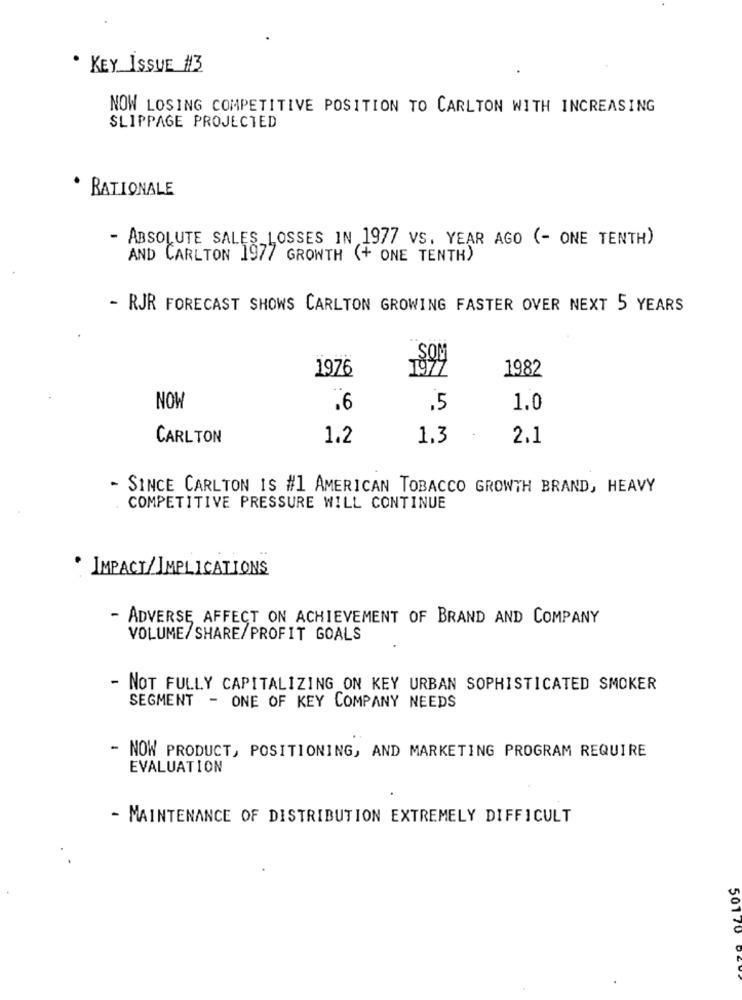
· KEY ISSUE #3
NOW LOSING COMPETITIVE POSITION TO CARLTON WITH INCREASING
SLIPPAGE PROJECTED
RATIONALE
- ABSOLUTE SALES LOSSES IN 1977 VS. YEAR AGO (- ONE TENTH)
AND CARLTON 1977 GROWTH (+ ONE TENTH)
- RJR FORECAST SHOWS CARLTON GROWING FASTER OVER NEXT 5 YEARS
SOM
1976
1977
1982
NOW
.6
.5
1.0
CARLTON
1.2
1.3
2.1
- SINCE CARLTON IS #1 AMERICAN TOBACCO GROWTH BRAND, HEAVY
COMPETITIVE PRESSURE WILL CONTINUE
IMPACT/IMPLICATIONS
- ADVERSE AFFECT ON ACHIEVEMENT OF BRAND AND COMPANY
VOLUME/SHARE/PROFIT GOALS
- NOT FULLY CAPITALIZING ON KEY URBAN SOPHISTICATED SMOKER
SEGMENT - ONE OF KEY COMPANY NEEDS
- NOW PRODUCT, POSITIONING, AND MARKETING PROGRAM REQUIRE
EVALUATION
- MAINTENANCE OF DISTRIBUTION EXTREMELY DIFFICULT
50170